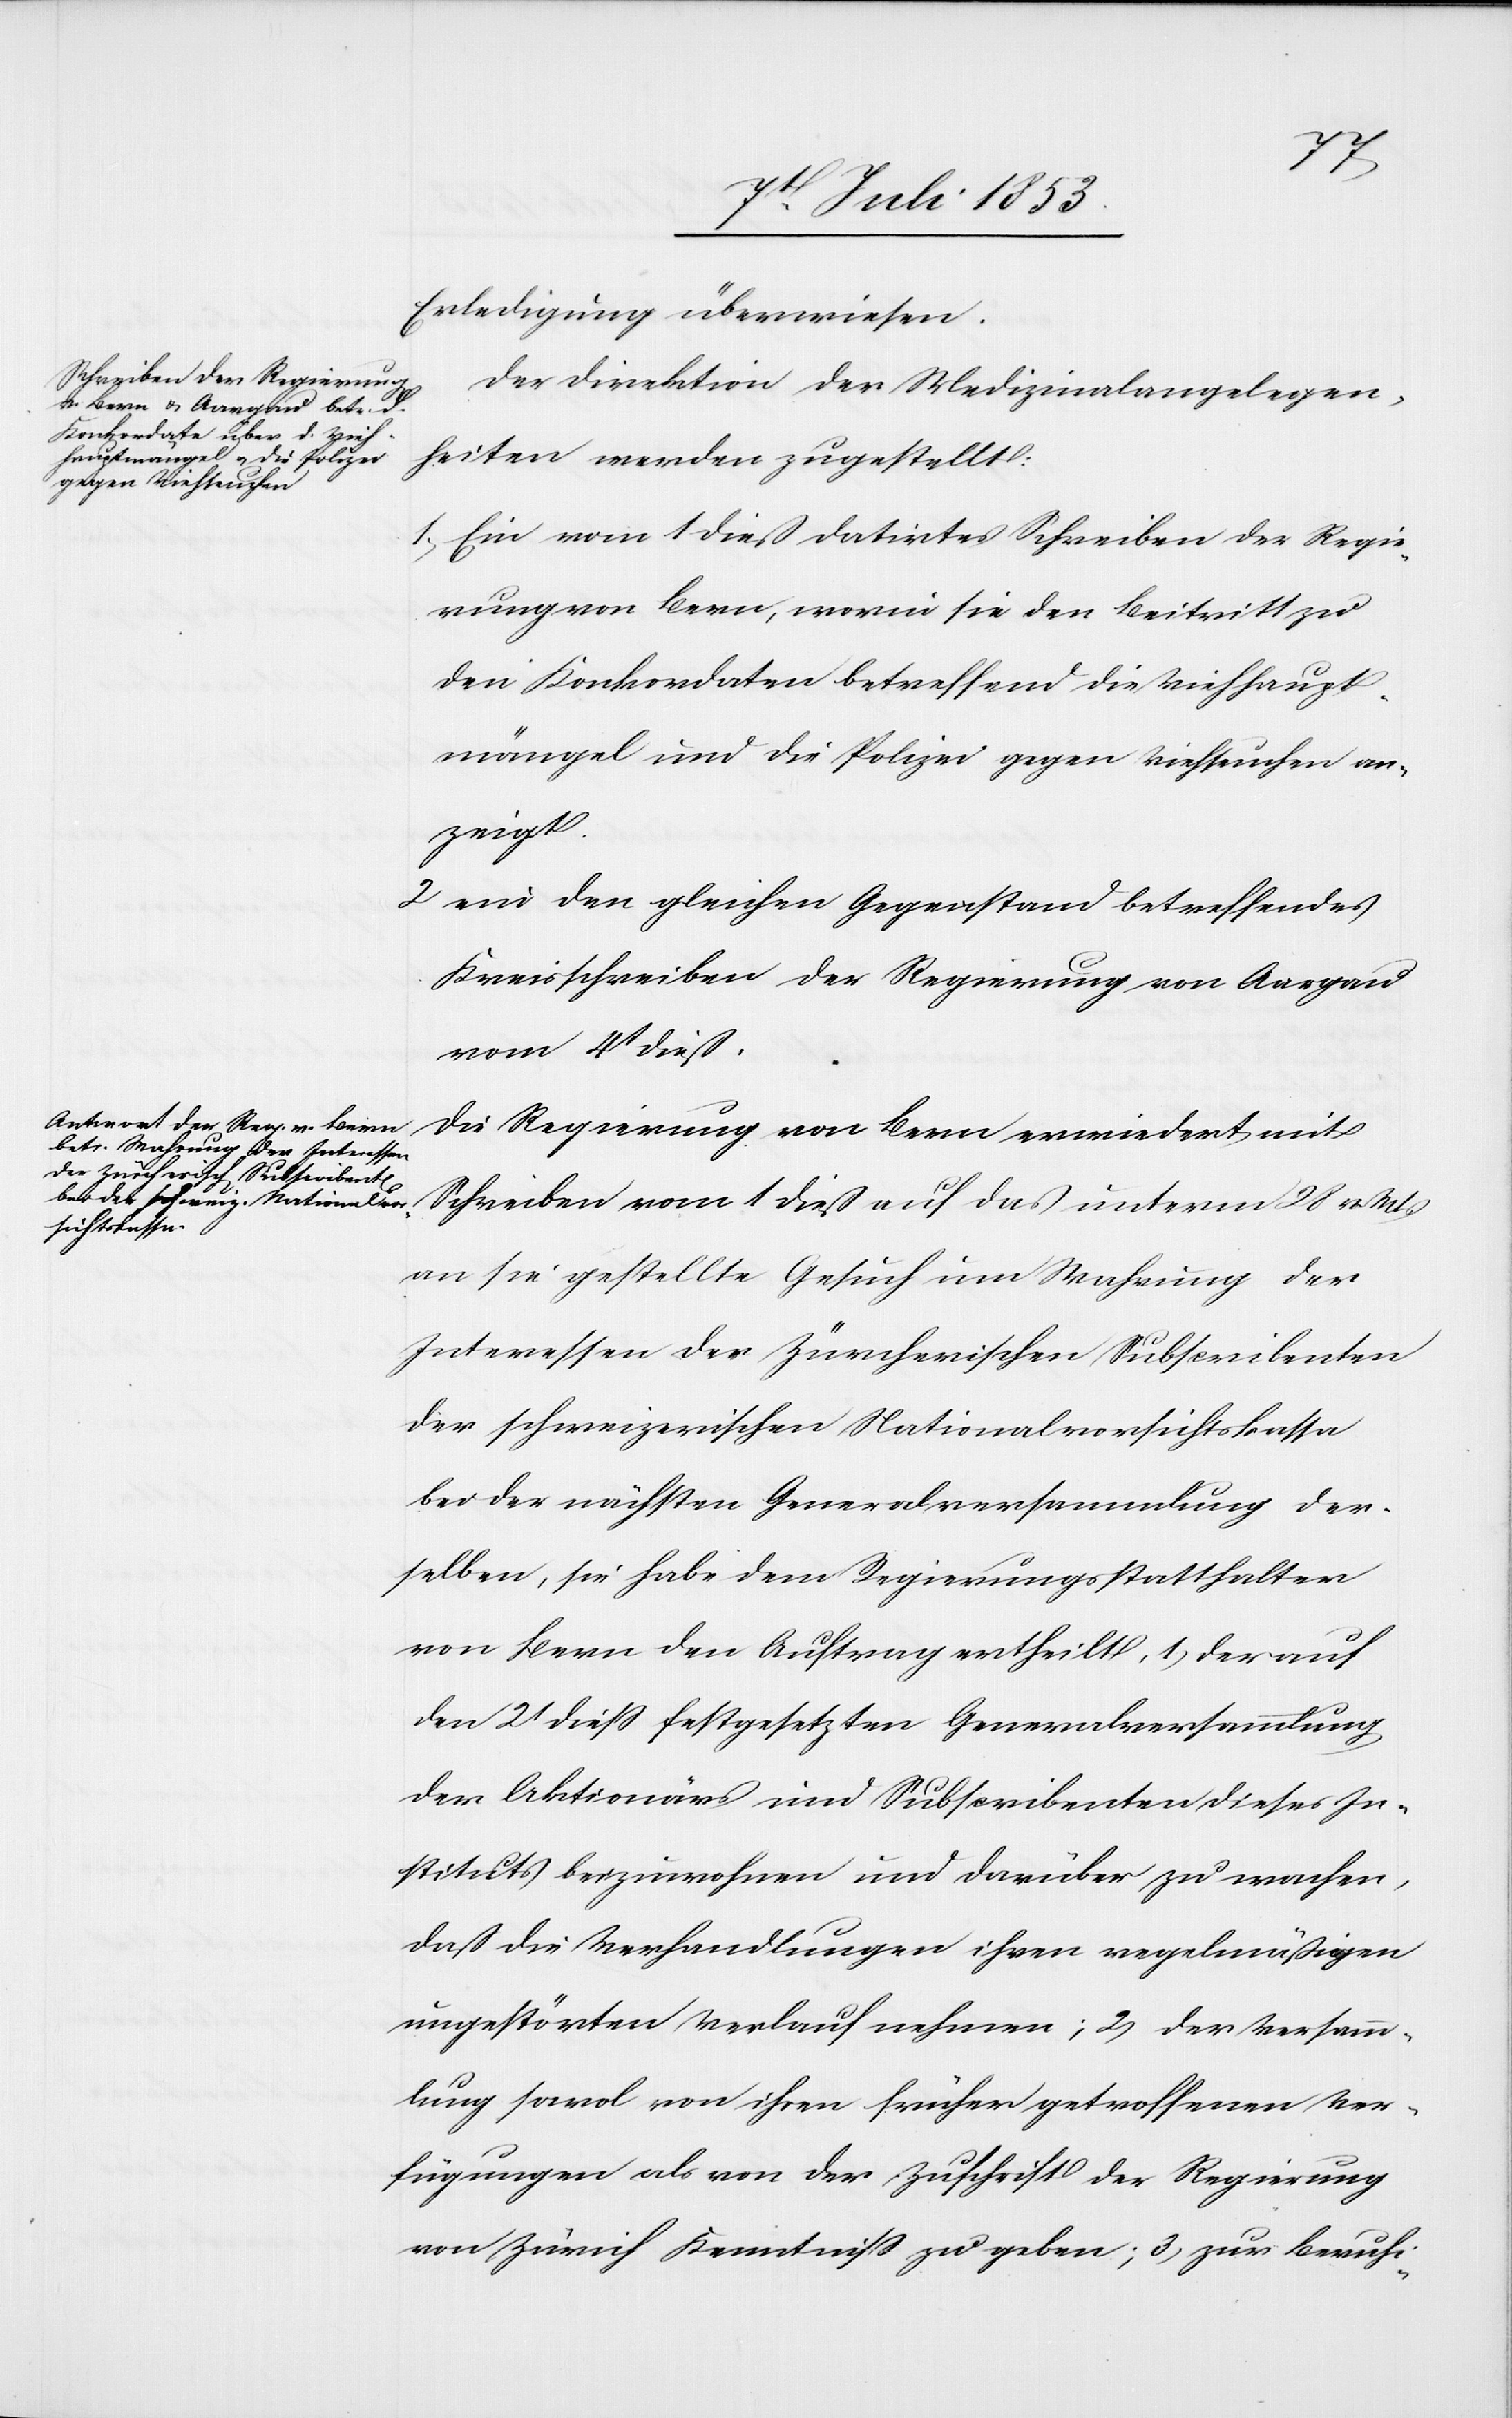
Erledigung überwiesen.
Der Direktion der Medizinalangelegen¬
heiten werden zugestellt:
1, Ein vom 1 dieß datirtes Schreiben der Regie¬
rungen Bern, worin sie den Beitritt zu
den Konkordaten betreffend die Viehhaupt¬
mängel und die Polizei gegen Viehseuchen an¬
zeigt.
2, ein den gleichen Gegenstand betreffendes
Kreisschreiben der Regierung von Aargau
vom 4t dieß.
Die Regierung von Bern erwiedert mit
Schreiben vom 1 dieß auf das unterm 28 v. Mts.
an sie gestellte Gesuch um Wahrung der
Interessen der Zürcherischen Subscribenten
der schweizerischen Nationalvorsichtskassa
bei der nächsten Generalversammlung der¬
selben, sie habe dem Regierungsstatthalter
von Bern den Auftrag ertheilt, 1, der auf
den 2t dieß festgesetzten Generalversammlung
der Aktionärs und Subscribenten dieses In¬
stituts beizuwohnen und darüber zu wachen,
daß die Verhandlungen ihren regelmäßigen
ungestörten Verlauf nehmen; 2, der Versamm¬
lung sowol von ihren früher getroffenen Ver¬
fügungen als von der Zuschrift der Regierung
von Zürich Kenntniß zu geben; 3, zur Beruhi-